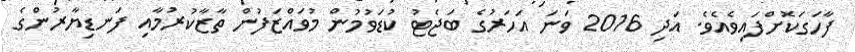
ފާހަގަކޮށްފައިވެއެވެ. އަދި 2016 ވަނަ އަހަރުގެ ބަޖެޓު ކުޑަވުމުން މުވައްޒަފުން ތާޒާކުރުމާއި ފަނޑިޔާރުންގެ